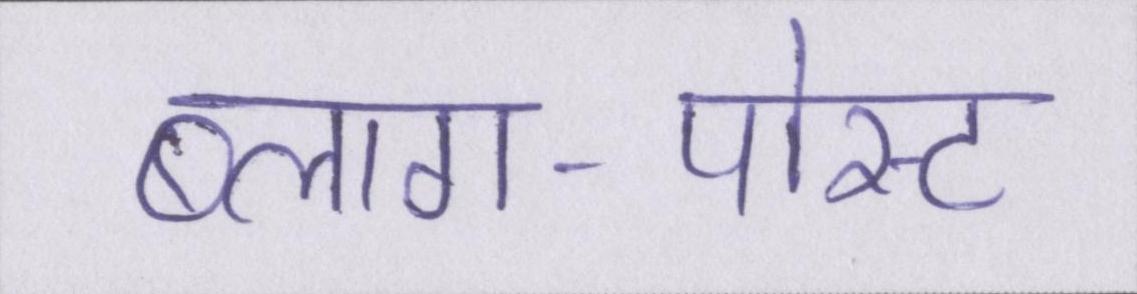
ब्लाग-पोस्ट